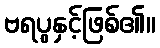
ဗရပွနှင့်ဖြစ်၏။